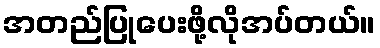
အတည်ပြုပေးဖို့လိုအပ်တယ်။